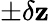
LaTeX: \pm\delta\mathbf{z}